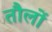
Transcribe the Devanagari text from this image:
तौलों